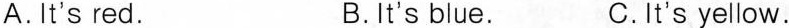
A.lt's red. B.lt's blue. C.lt's yellow.